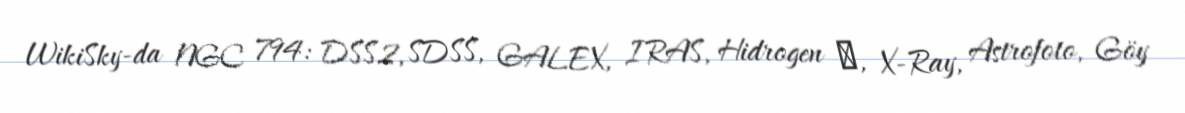
WikiSky-da NGC 794: DSS2, SDSS, GALEX, IRAS, Hidrogen α, X-Ray, Astrofoto, Göy